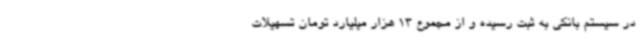
در سیستم بانکی به ثبت رسیده و از مجموع 13 هزار میلیارد تومان تسهیلات